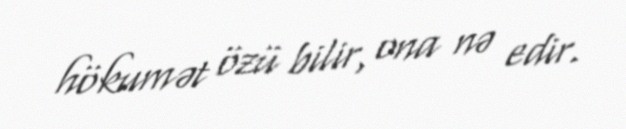
hökumət özü bilir, ona nə edir.